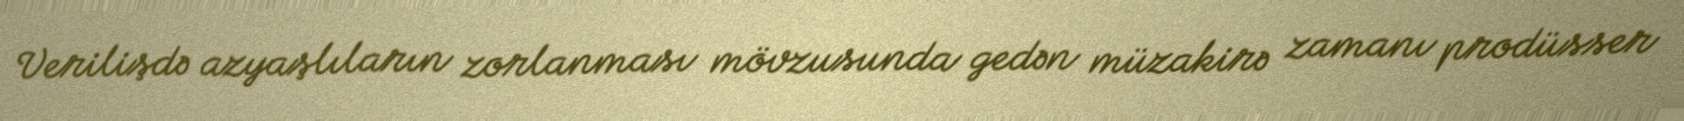
Verilişdə azyaşlıların zorlanması mövzusunda gedən müzakirə zamanı prodüsser